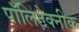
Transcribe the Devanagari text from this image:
पॉलिटेक्‍नीक